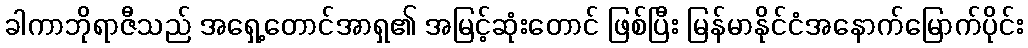
ခါကာဘိုရာဇီသည် အရှေ့တောင်အာရှ၏ အမြင့်ဆုံးတောင် ဖြစ်ပြီး မြန်မာနိုင်ငံအနောက်မြောက်ပိုင်း